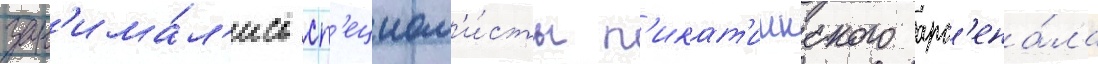
зан'има́л'ись сп'ециал'и́сты п'икат'иннского арс'ена́ла